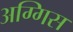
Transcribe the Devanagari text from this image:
अग्गिस